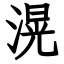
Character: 滉